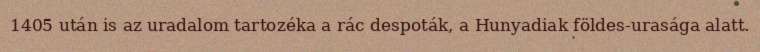
1405 után is az uradalom tartozéka a rác despoták, a Hunyadiak földes-urasága alatt.